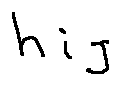
h _ { i j }